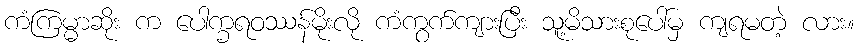
ကံကြမ္မာဆိုး က ပေါက္ခရဝဿန်မိုးလို ကံကွက်ကျားပြီး သူ့မိသားစုပေါ်မှ ကျရမတဲ့ လား။